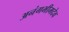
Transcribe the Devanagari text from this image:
अनंगभीमदेव